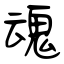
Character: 魂